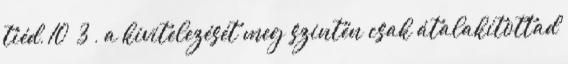
tiéd, 10 3 , a kivitelezését meg szintén csak átalakítottad